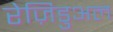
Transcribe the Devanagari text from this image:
रेज़िडुअल